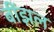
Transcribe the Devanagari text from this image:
बींझल